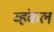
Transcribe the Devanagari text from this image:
व्हंकल